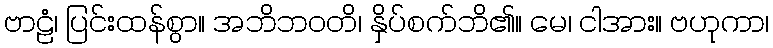
ဗာဠံ၊ ပြင်းထန်စွာ။ အဘိဘဝတိ၊ နှိပ်စက်ဘိ၏။ မေ၊ ငါအား။ ဗဟုကာ၊